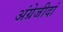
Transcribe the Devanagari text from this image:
अंग्रेजीदां